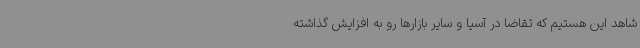
شاهد این هستیم که تقاضا در آسیا و سایر بازارها رو به افزایش گذاشته